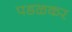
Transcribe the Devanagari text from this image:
पडळकर